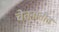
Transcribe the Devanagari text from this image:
चेतनातीत